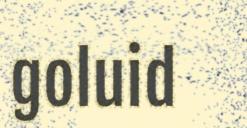
goluid